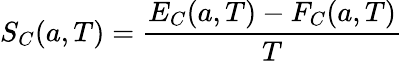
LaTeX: S_{C}(a,T)={\frac{E_{C}(a,T)-F_{C}(a,T)}{T}}